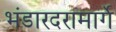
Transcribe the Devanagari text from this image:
भंडारदरामार्गे